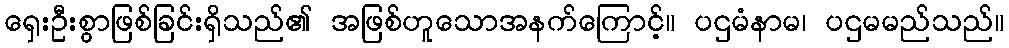
ရှေးဦးစွာဖြစ်ခြင်းရှိသည်၏ အဖြစ်ဟူသောအနက်ကြောင့်။ ပဌမံနာမ၊ ပဌမမည်သည်။